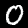
Digit: 0